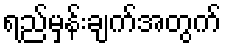
ရည်မှန်းချက်အတွက်